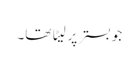
جو بستر پر لیٹا تھا۔